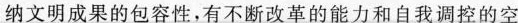
纳文明成果的包容性，有不断改革的能力和自我调控的空